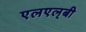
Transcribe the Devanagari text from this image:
एलएल्‌बी